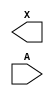
module sky130_fd_sc_hd__dlymetal6s6s (
    X,
    A
);

    output X;
    input  A;

    // Voltage supply signals
    supply1 VPWR;
    supply0 VGND;
    supply1 VPB ;
    supply0 VNB ;

endmodule